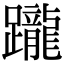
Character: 躘